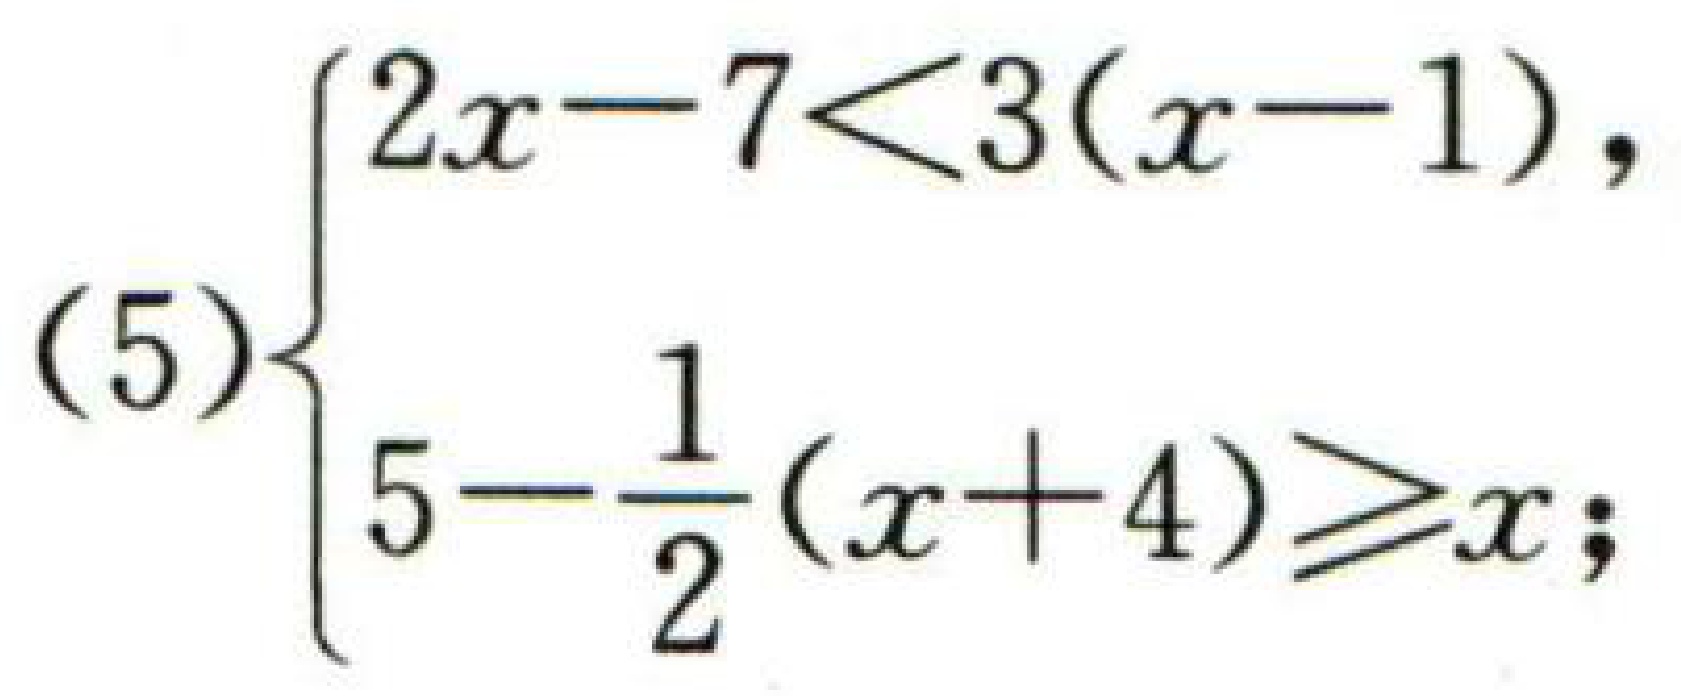
(5)$\begin{cases}2x - 7<3(x - 1),\\5-\dfrac{1}{2}(x + 4)\geqslant x;\end{cases}$